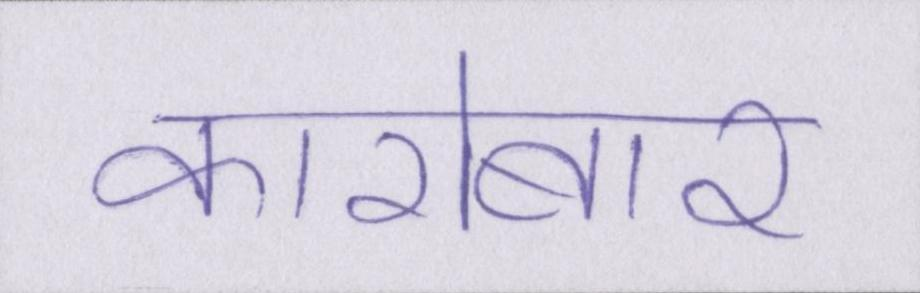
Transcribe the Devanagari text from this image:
कारोबार